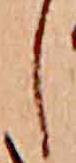
し